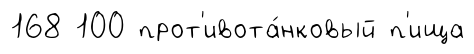
168 100 прот'ивота́нковый п'ища